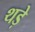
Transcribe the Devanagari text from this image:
थड़े